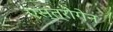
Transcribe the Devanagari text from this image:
एस्त्रोगेन